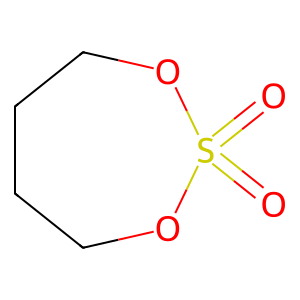
SMILES: O=S1(=O)OCCCCO1
Inhibits HIV replication: No